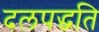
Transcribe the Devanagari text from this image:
दलपद्धति